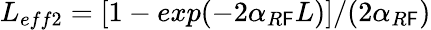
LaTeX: L_{eff2}=[1-exp(-2\alpha_{R\mathsf{F}}L)]/(2\alpha_{R\mathsf{F}})